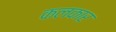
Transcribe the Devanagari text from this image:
कलकार